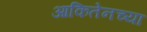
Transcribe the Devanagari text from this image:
आकितेनच्या